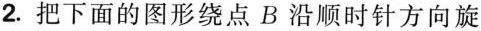
2.把下面的图形绕点B沿顺时针方向旋